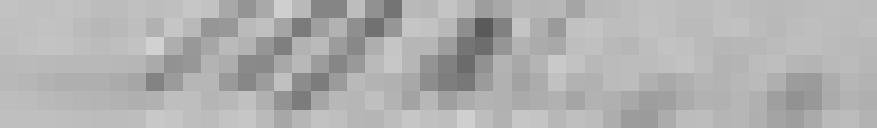
143,00